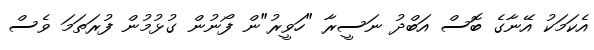
އެކަމަކު އޭނާގެ ބޮސް އަބްދު ނަސީރާ "ހަވީރު"ން ފޯނުން ގުޅުމުން ފުރަތަމަ ވެސް